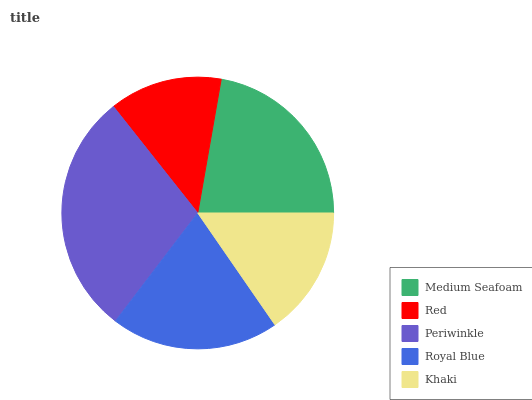
| Medium Seafoam | Red | Periwinkle | Royal Blue | Khaki |
 | --- | --- | --- | --- | --- |
 | 22.3% | 13.4% | 29% | 19.9% | 15.4% |